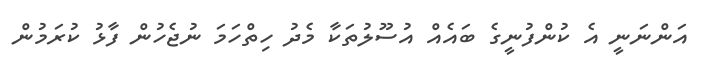
އަންނަނީ އެ ކުންފުނީގެ ބައެއް އުސޫލުތަކާ މެދު ހިތްހަމަ ނުޖެހުން ފާޅު ކުރަމުން